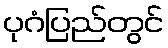
ပုဂံပြည်တွင်